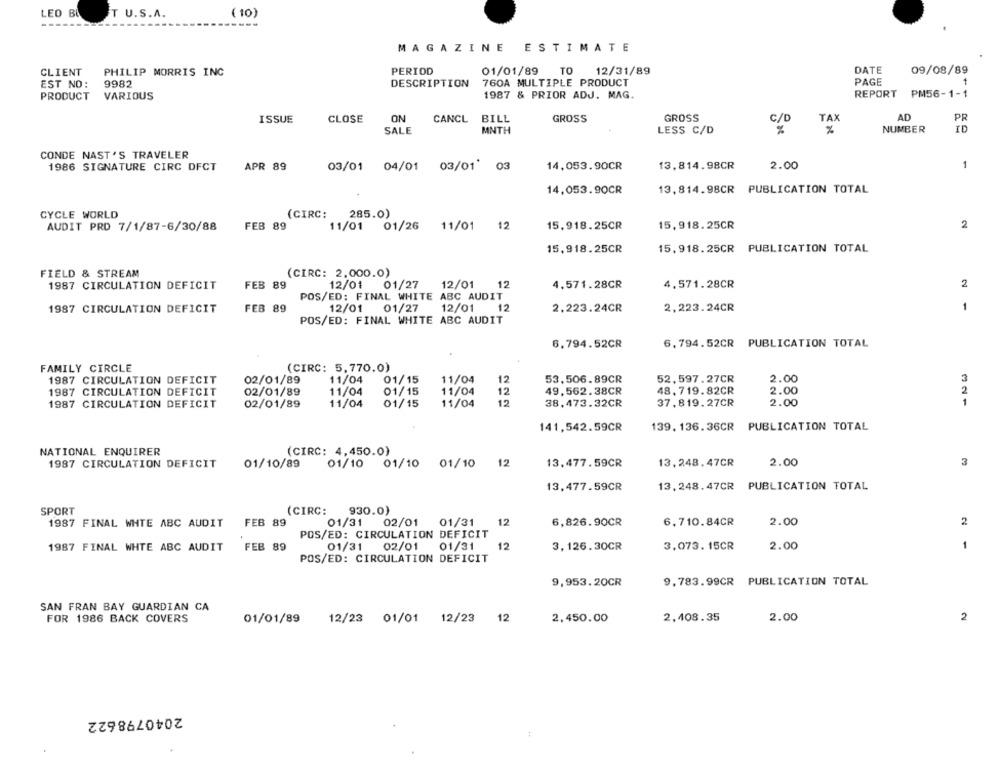
LEO BL
T U.S.A.
( 10)
MAGAZINE ESTIMATE
PERIOD
12/31/89
DATE
CLIENT
PHILIP MORRIS INC
01/01/89
TO
09/08/89
EST NO:
9982
DESCRIPTION
760A MULTIPLE PRODUCT
PAGE
REPORT PM56-1-1
PRODUCT
VARIOUS
1987 & PRIOR ADJ. MAG.
ISSUE
CLOSE
ON
CANCL
BILL
GROSS
GROSS
TAX
AC
PR
SALE
MNTH
LESS C/D
NUMBER
ID
CONDE NAST'S TRAVELER
1986 SIGNATURE CIRC DFCT
APR 89
03/01 04/01
03/01
03
14,053.90CR
13,814.98CR
2.00
1
14,053.90CR
13, 814.98CR PUBLICATION TOTAL
CYCLE WORLD
(CIRC:
285.0)
2
AUDIT PRD 7/1/87-6/30/88
FEB 89
11/01
01/26
11/01
12
15,918.25CR
15,918.25CR
15, 918.25CR
15,918.25CR PUBLICATION TOTAL
FIELD & STREAM
(CIRC: 2.000.0)
1987 CIRCULATION DEFICIT
FEB 89
12/01
01/27
12/01
12
4,571.28CR
4.571.28CR
2
POS/ED: FINAL WHITE ABC AUDIT
1987 CIRCULATION DEFICIT
FEB 89
12/01
01/27
12/01
12
2.223.24CR
2,223.24CR
POS/ED: FINAL WHITE ABC AUDIT
6,794.52CR
6.794.52CR PUBLICATION TOTAL
FAMILY CIRCLE
(CIRC: 5,770.0)
1987 CIRCULATION DEFICIT
02/01/89
11/04
01/15
11/04
53.506.89CR
52, 597. 27CR
2.00
12
3
1987 CIRCULATION DEFICIT
02/01/89
11/04
01/15
11/04
12
49,562.38CR
48. 719.82CR
2.00
2
37,819.27CR
2.00
1987 CIRCULATION DEFICIT
02/01/89
11/04
01/15
11/04
12
38.473.32CR
141,542.59CR
139. 136. 36CR PUBLICATION TOTAL
NATIONAL ENQUIRER
(CIRC: 4,450.0)
1987 CIRCULATION DEFICIT
12
13.477.59CR
13,248.47CR
2.00
3
01/10/89
01/10
01/10
01/10
13,477.59CR
13,248.47CR PUBLICATION TOTAL
SPORT
(CIRC:
930.0)
1987 FINAL WHTE ABC AUDIT
FEB 89
01/31 02/01
01/31
12
6,826.90CR
6.710.84CR
2.00
2
POS/ED: CIRCULATION DEFICIT
1987 FINAL WHTE ABC AUDIT
FEB 89
01/31
02/01
01/31
12
3,126.30CR
3,073.15CR
2.00
1
POS/ED: CIRCULATION DEFICIT
9,953.20CR
9.783.99CR PUBLICATION TOTAL
SAN FRAN BAY GUARDIAN CA
FOR 1986 BACK COVERS
2,408.35
2.00
2
01/01/89
12/23 01/01 12/23 12
2.450.00
2040798622